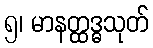
၅၊ မာနတ္ထဒ္ဓသုတ်